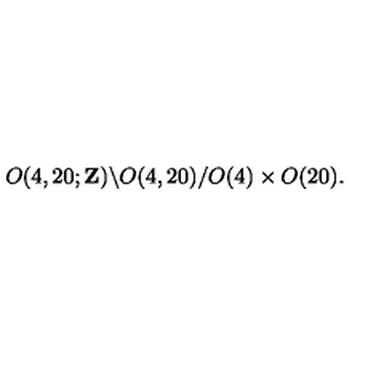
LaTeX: O ( 4 , 2 0 ; { \bf Z } ) \backslash O ( 4 , 2 0 ) / O ( 4 ) \times O ( 2 0 ) .